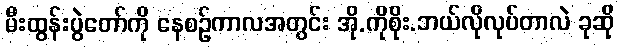
မီးထွန်းပွဲတော်ကို နေစဉ်ကာလအတွင်း အို.ကိုစိုး.ဘယ်လိုလုပ်တာလဲ ခုဆို